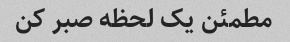
مطمئن یک لحظه صبر کن